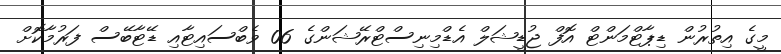
މީގެ އިތުރުން ޑިޕާޓްމަންޓް އޮފް ޖުޑީޝަލް އެޑްމިނިސްޓްރޭޝަންގެ 06 ވެބްސައިޓާއި ޑޭޓާބޭސް ފަރުމާކޮށް